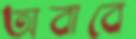
অবাবে